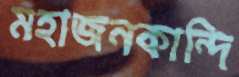
মহাজনকান্দি